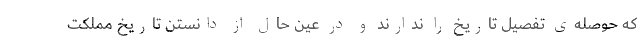
که حوصله‌ی تفصیل تاریخ را ندارند و در عین حال از دانستن تاریخ مملکت